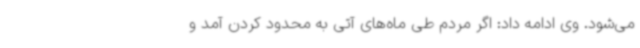
می‌شود. وی ادامه داد: اگر مردم طی ماه‌های آتی به محدود کردن آمد و